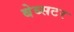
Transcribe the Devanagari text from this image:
बेब्सटर